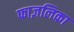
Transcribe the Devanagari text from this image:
फाज़लिका